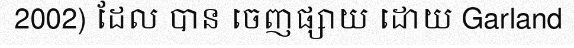
2002) ដែល បាន ចេញផ្សាយ ដោយ Garland